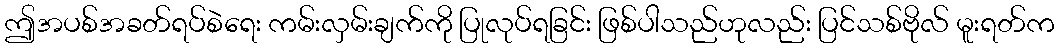
ဤအပစ်အခတ်ရပ်စဲရေး ကမ်းလှမ်းချက်ကို ပြုလုပ်ရခြင်း ဖြစ်ပါသည်ဟုလည်း ပြင်သစ်ဗိုလ် မူးရတ်က